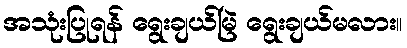
အသုံးပြုရန် ရွေးချယ်မြဲ ရွေးချယ်မလား။